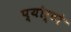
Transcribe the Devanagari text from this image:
प्योर्टो